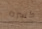
كسره